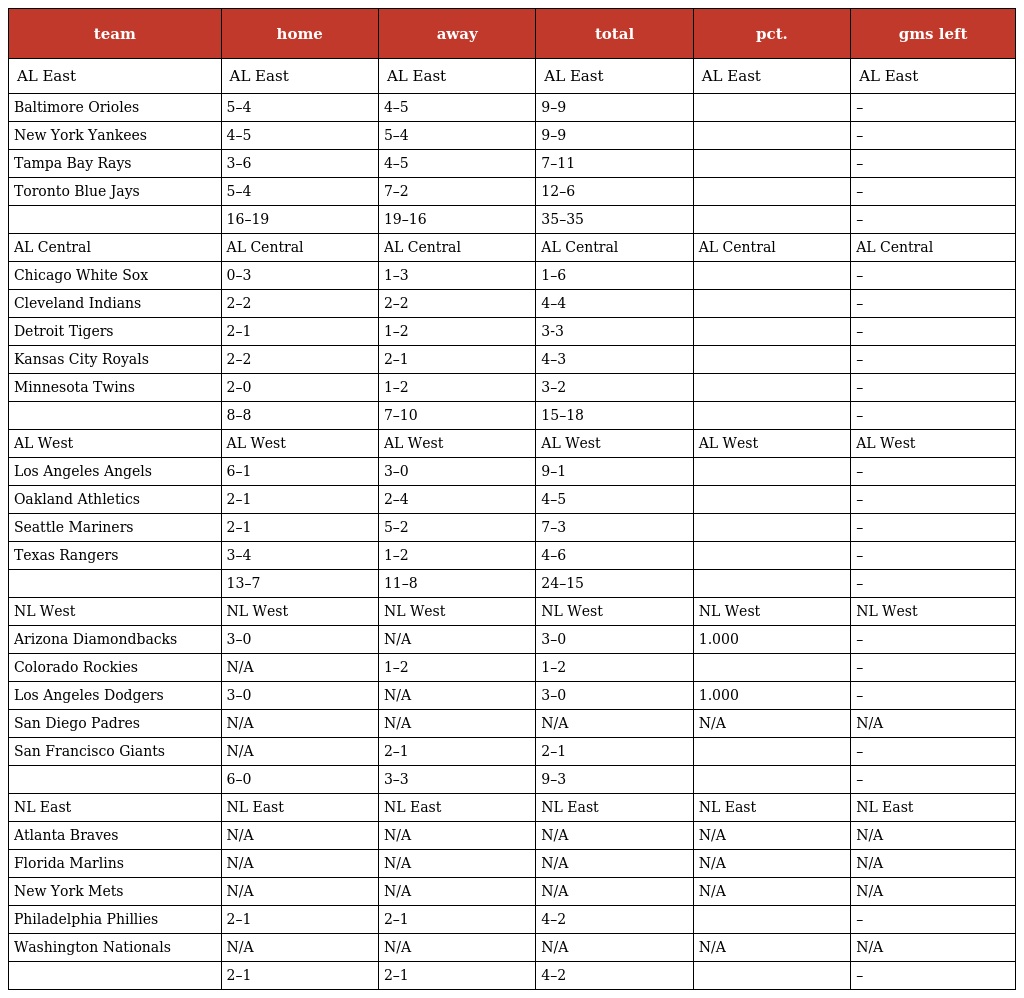
| team | home | away | total | pct. | gms left |
 | --- | --- | --- | --- | --- | --- |
 | AL East | AL East | AL East | AL East | AL East | AL East |
 | Baltimore Orioles | 5–4 | 4–5 | 9–9 |  | – |
 | New York Yankees | 4–5 | 5–4 | 9–9 |  | – |
 | Tampa Bay Rays | 3–6 | 4–5 | 7–11 |  | – |
 | Toronto Blue Jays | 5–4 | 7–2 | 12–6 |  | – |
 |  | 16–19 | 19–16 | 35–35 |  | – |
 | AL Central | AL Central | AL Central | AL Central | AL Central | AL Central |
 | Chicago White Sox | 0–3 | 1–3 | 1–6 |  | – |
 | Cleveland Indians | 2–2 | 2–2 | 4–4 |  | – |
 | Detroit Tigers | 2–1 | 1–2 | 3-3 |  | – |
 | Kansas City Royals | 2–2 | 2–1 | 4–3 |  | – |
 | Minnesota Twins | 2–0 | 1–2 | 3–2 |  | – |
 |  | 8–8 | 7–10 | 15–18 |  | – |
 | AL West | AL West | AL West | AL West | AL West | AL West |
 | Los Angeles Angels | 6–1 | 3–0 | 9–1 |  | – |
 | Oakland Athletics | 2–1 | 2–4 | 4–5 |  | – |
 | Seattle Mariners | 2–1 | 5–2 | 7–3 |  | – |
 | Texas Rangers | 3–4 | 1–2 | 4–6 |  | – |
 |  | 13–7 | 11–8 | 24–15 |  | – |
 | NL West | NL West | NL West | NL West | NL West | NL West |
 | Arizona Diamondbacks | 3–0 | N/A | 3–0 | 1.000 | – |
 | Colorado Rockies | N/A | 1–2 | 1–2 |  | – |
 | Los Angeles Dodgers | 3–0 | N/A | 3–0 | 1.000 | – |
 | San Diego Padres | N/A | N/A | N/A | N/A | N/A |
 | San Francisco Giants | N/A | 2–1 | 2–1 |  | – |
 |  | 6–0 | 3–3 | 9–3 |  | – |
 | NL East | NL East | NL East | NL East | NL East | NL East |
 | Atlanta Braves | N/A | N/A | N/A | N/A | N/A |
 | Florida Marlins | N/A | N/A | N/A | N/A | N/A |
 | New York Mets | N/A | N/A | N/A | N/A | N/A |
 | Philadelphia Phillies | 2–1 | 2–1 | 4–2 |  | – |
 | Washington Nationals | N/A | N/A | N/A | N/A | N/A |
 |  | 2–1 | 2–1 | 4–2 |  | – |